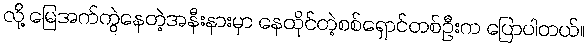
လို့ မြေအက်ကွဲနေတဲ့အနီးနားမှာ နေထိုင်တဲ့စစ်ရှောင်တစ်ဦးက ပြောပါတယ်။